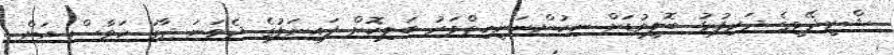
ޝްރީދޭވީގެ ދަރިފުޅު ބޮލީވުޑަށް ނިކުންނަނީހިތްވަރު ބަލިކޮށް ފައިނަލުގެ ދެވަނަ ޖާގަ ހަވާސް އަށް